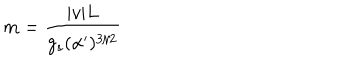
m = \frac { | v | L } { g _ { s } ( \alpha ^ { \prime } ) ^ { 3 / 2 } }